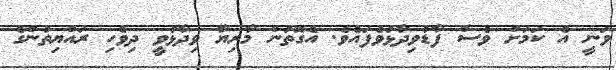
ވަނީ އެ ކަމަށް ވެސް ފާޑުވިދާޅުވެފައެވެ. އެގޮތުން މާރިޔާ ވިދާޅުވީ ދިވެހި ރައްޔިތުންގެ